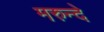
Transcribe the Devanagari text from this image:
मरुन्दे